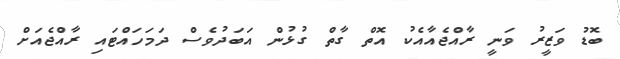
ބޮޑު ވަޒީރު ވަނީ ރާއްޖެއާއެކު އޮތް ގާތް ގުޅުން އަބަދުވެސް ދަމަހައްޓައި ރާއްޖެއަށް